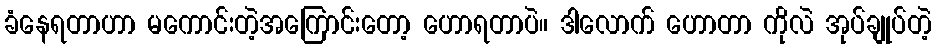
ခံနေရတာဟာ မကောင်းတဲ့အကြောင်းတော့ ဟောရတာပဲ။ ဒါလောက် ဟောတာ ကိုလဲ အုပ်ချုပ်တဲ့